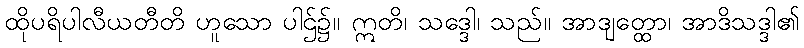
ထိုပရိပါလီယတီတိ ဟူသော ပါဌ်၌။ ဣတိ၊ သဒ္ဒေါ၊ သည်။ အာဒျတ္ထော၊ အာဒိသဒ္ဒါ၏